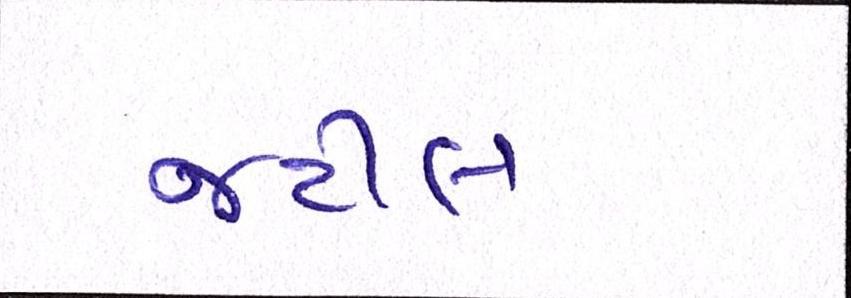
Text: જટીલ